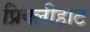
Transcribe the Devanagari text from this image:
प्रिक्लीहाट